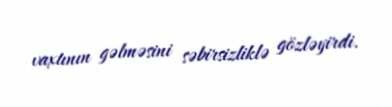
vaxtının gəlməsini səbirsizliklə gözləyirdi.